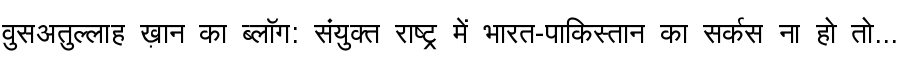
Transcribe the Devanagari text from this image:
वुसअतुल्लाह ख़ान का ब्लॉग: संयुक्त राष्ट्र में भारत-पाकिस्तान का सर्कस ना हो तो...